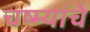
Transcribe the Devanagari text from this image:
चष्म्यांचे